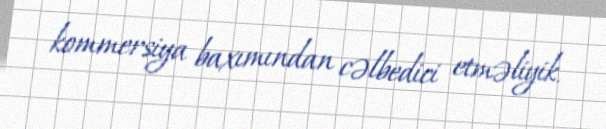
kommersiya baxımından cəlbedici etməliyik.